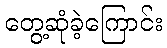
တွေ့ဆုံခဲ့ကြောင်း